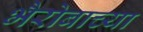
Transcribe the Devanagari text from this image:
भैरोबाच्या